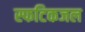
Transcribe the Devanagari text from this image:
स्फटिकजल